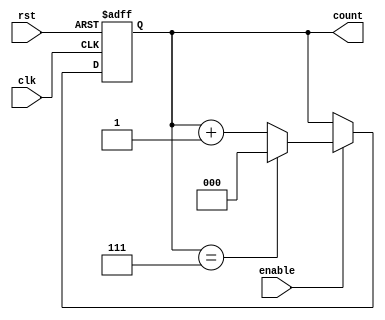
`timescale 1ns / 1ps
module modulus_counter_with_enable (
  input  clk,     
  input  rst,        
  input enable,    
  output [2:0] count 
);
parameter MOD_VALUE = 8; 
reg [2:0] count_reg; 
always @(posedge clk or posedge rst) begin
  if (rst) begin
    count_reg <= 3'b000;
  end else if (enable) begin
    if (count_reg == MOD_VALUE - 1) begin
      count_reg <= 3'b000; 
    end else begin
      count_reg <= count_reg + 1; 
    end
  end
end
assign count = count_reg;
endmodule